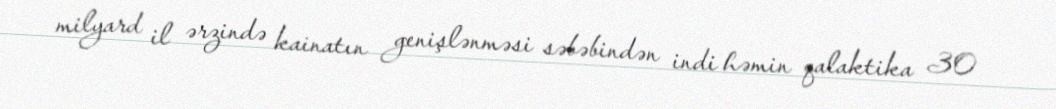
milyard il ərzində kainatın genişlənməsi səbəbindən indi həmin qalaktika 30